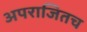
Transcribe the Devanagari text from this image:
अपराजितच